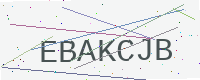
Text: EBAKCJB